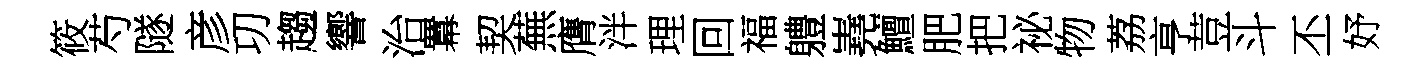
筱芍隧彦㓛趨響治羃契蕪膺泮理回福軆嶤鱣肥把祕物荔亨荳斗丕妤